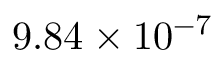
9 . 8 4 \times 1 0 ^ { - 7 }